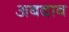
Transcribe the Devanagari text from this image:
अबदाब